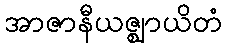
အာဇာနီယဇ္ဈာယိတံ